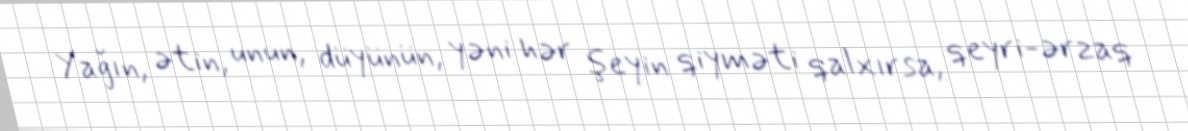
Yağın, ətin, unun, düyünün, yəni hər şeyin qiyməti qalxırsa, qeyri-ərzaq